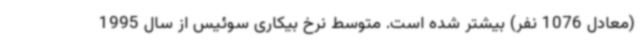
(معادل 1076 نفر) بیشتر شده است. متوسط نرخ بیکاری سوئیس از سال 1995